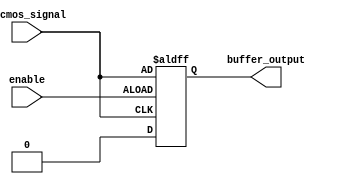
module lvcmos_buffer (
    input wire lvcmos_signal, 
    input wire enable, 
    output reg buffer_output
);

always @(posedge lvcmos_signal or posedge enable)
begin
    if (enable)
        buffer_output <= lvcmos_signal;
    else
        buffer_output <= 1'b0;
end

endmodule